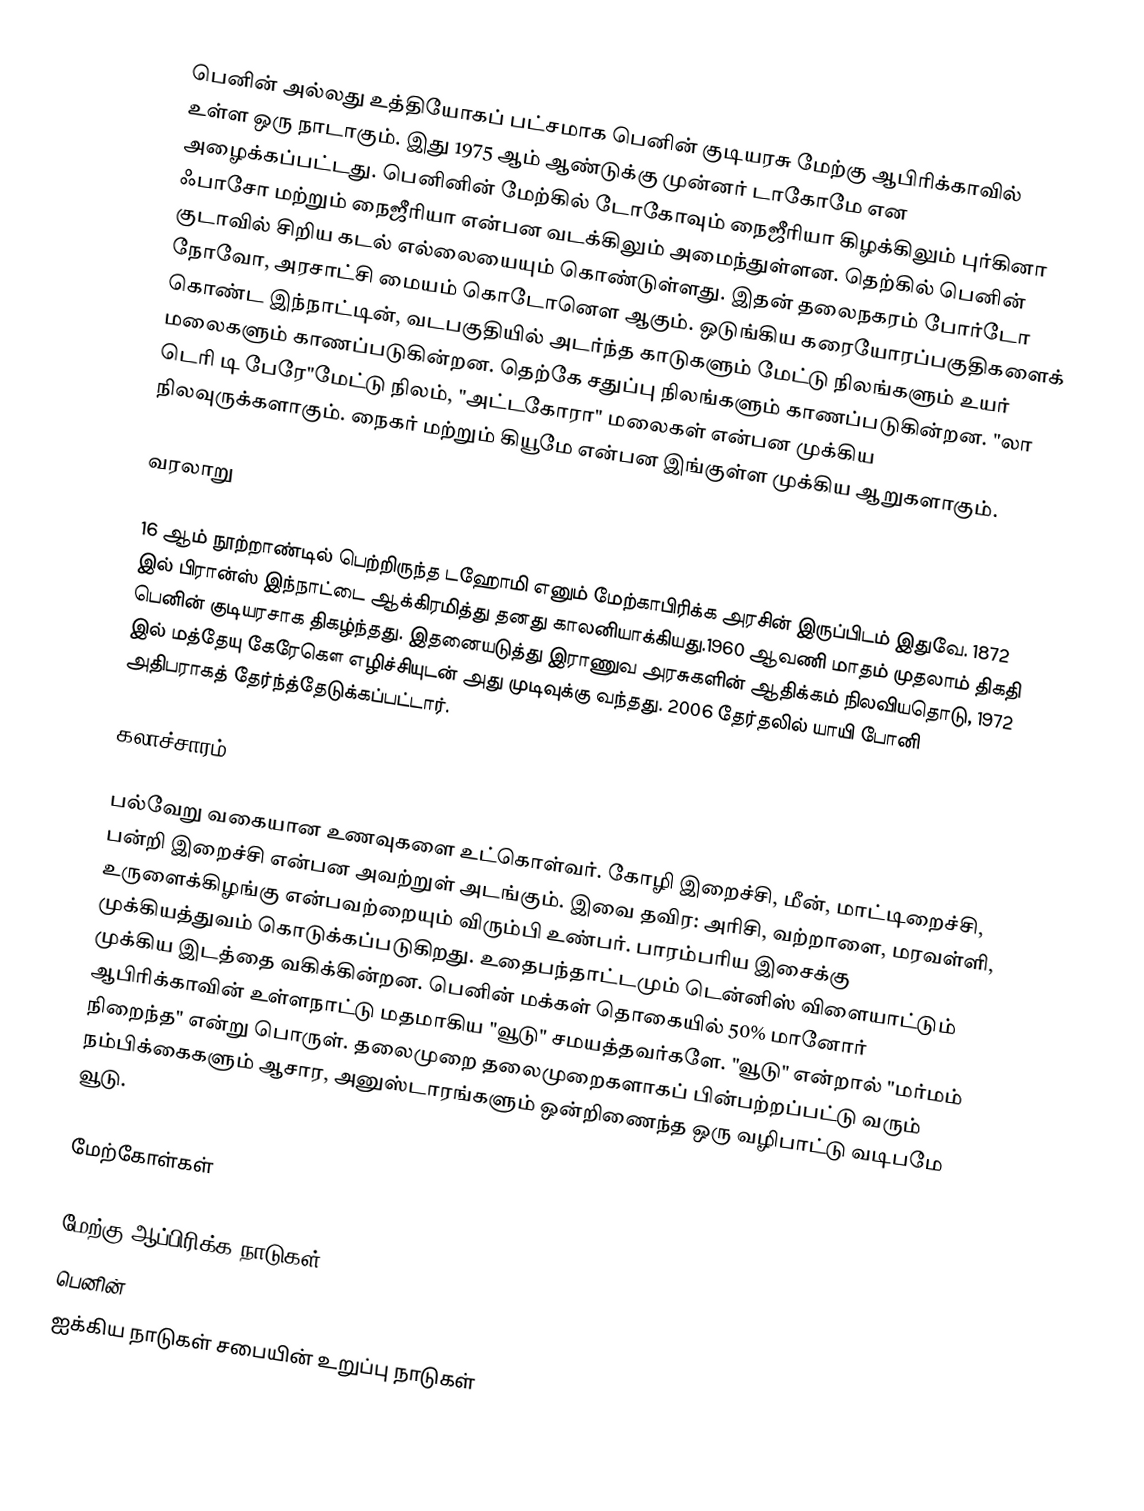
பெனின் அல்லது உத்தியோகப் பட்சமாக பெனின் குடியரசு மேற்கு ஆபிரிக்காவில் உள்ள ஒரு நாடாகும். இது 1975 ஆம் ஆண்டுக்கு முன்னர் டாகோமே என அழைக்கப்பட்டது. பெனினின் மேற்கில் டோகோவும் நைஜீரியா கிழக்கிலும் புர்கினா ஃபாசோ மற்றும் நைஜீரியா என்பன வடக்கிலும் அமைந்துள்ளன. தெற்கில் பெனின் குடாவில் சிறிய கடல் எல்லையையும் கொண்டுள்ளது. இதன் தலைநகரம் போர்டோ நோவோ, அரசாட்சி மையம் கொடோனௌ ஆகும். ஒடுங்கிய கரையோரப்பகுதிகளைக் கொண்ட இந்நாட்டின், வடபகுதியில் அடர்ந்த காடுகளும் மேட்டு நிலங்களும் உயர் மலைகளும் காணப்படுகின்றன. தெற்கே சதுப்பு நிலங்களும் காணப்படுகின்றன. "லா டெரி டி பேரே"மேட்டு நிலம், "அட்டகோரா" மலைகள் என்பன முக்கிய நிலவுருக்களாகும். நைகர் மற்றும் கியூமே என்பன இங்குள்ள முக்கிய ஆறுகளாகும்.

வரலாறு

16 ஆம் நூற்றாண்டில் பெற்றிருந்த டஹோமி எனும் மேற்காபிரிக்க அரசின் இருப்பிடம் இதுவே. 1872 இல் பிரான்ஸ் இந்நாட்டை ஆக்கிரமித்து தனது காலனியாக்கியது.1960 ஆவணி மாதம் முதலாம் திகதி பெனின் குடியரசாக திகழ்ந்தது. இதனையடுத்து இராணுவ அரசுகளின் ஆதிக்கம் நிலவியதொடு, 1972 இல் மத்தேயு கேரேகௌ எழிச்சியுடன் அது முடிவுக்கு வந்தது. 2006 தேர்தலில் யாயி போனி அதிபராகத் தேர்ந்த்தேடுக்கப்பட்டார்.

கலாச்சாரம்

பல்வேறு வகையான உணவுகளை உட்கொள்வர். கோழி இறைச்சி, மீன், மாட்டிறைச்சி, பன்றி இறைச்சி என்பன அவற்றுள் அடங்கும். இவை தவிர: அரிசி, வற்றாளை, மரவள்ளி, உருளைக்கிழங்கு என்பவற்றையும் விரும்பி உண்பர். பாரம்பரிய இசைக்கு முக்கியத்துவம் கொடுக்கப்படுகிறது. உதைபந்தாட்டமும் டென்னிஸ் விளையாட்டும் முக்கிய இடத்தை வகிக்கின்றன. பெனின் மக்கள் தொகையில் 50% மானோர் ஆபிரிக்காவின் உள்ளநாட்டு மதமாகிய "வூடு" சமயத்தவர்களே. "வூடு" என்றால் "மர்மம் நிறைந்த" என்று பொருள். தலைமுறை தலைமுறைகளாகப் பின்பற்றப்பட்டு வரும் நம்பிக்கைகளும் ஆசார, அனுஸ்டாரங்களும் ஒன்றிணைந்த ஒரு வழிபாட்டு வடிபமே வூடு.

மேற்கோள்கள்

மேற்கு ஆப்பிரிக்க நாடுகள்
பெனின்
ஐக்கிய நாடுகள் சபையின் உறுப்பு நாடுகள்